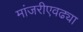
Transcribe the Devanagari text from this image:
मांजरीएवढ्या